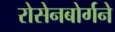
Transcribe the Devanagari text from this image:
रोसेनबोर्गने